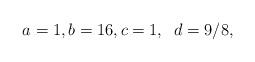
LaTeX: \begin{align*}a=1,b=16,c=1,\;\;d=9/8,\end{align*}